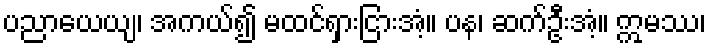
ပညာယေယျ၊ အကယ်၍ မထင်ရှားငြားအံ့။ ပန၊ ဆက်ဦးအံ့။ ဣမဿ၊